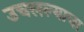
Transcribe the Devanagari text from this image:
उचलल्याचा